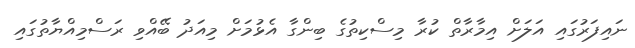
ނައިފަރުގައި އަލަށް އިމާރާތް ކުރާ މިސްކިތުގެ ބިންގާ އެޅުމަށް މިއަދު ބޭއްވި ރަސްމިއްޔާތުގައި